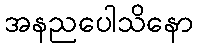
အနညပေါသိနော